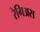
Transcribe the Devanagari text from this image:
रेगिअस